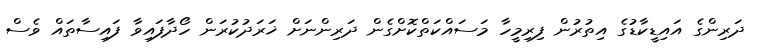
ދަރިންގެ އައިޑީކާޑުގެ އިތުރުން ފިރިމީހާ މަސައްކަތްކޮށްގެން ދަރިންނަށް ޚަރަދުކުރަން ހޯދާފައިވާ ފައިސާތައް ވެސް